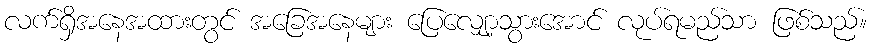
လက်ရှိအနေအထားတွင် အခြေအနေများ ပြေလျှော့သွားအောင် လုပ်ရမည်သာ ဖြစ်သည်။